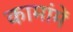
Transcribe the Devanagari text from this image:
कामांमें